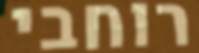
רוחבי